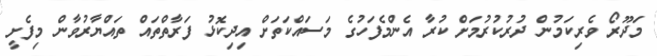
މަދޫރޯ ވެރިކަމުން ދުރުކުރުމަށް ކުރާ އެންމެފަހުގެ މަސައްކަތަށް އިދިކޮޅު ފަރާތްތައް ތައްޔާރުވާން މިފެށީ